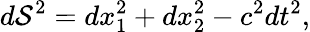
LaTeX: d\mathcal{S}^{2}=dx_{1}^{2}+dx_{2}^{2}-c^{2}dt^{2},